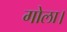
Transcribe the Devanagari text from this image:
गोला।